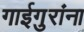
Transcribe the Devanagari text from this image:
गाईगुरांना